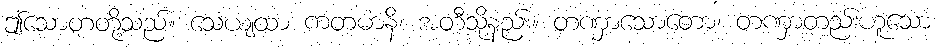
ဤသောတတို့သည်။ သေယျထာ ကတမာနိ၊ အတီသို့နည်း။ တဏှာသောတော၊ တဏှာတည်းဟူသော